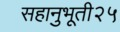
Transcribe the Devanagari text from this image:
सहानुभूती२५